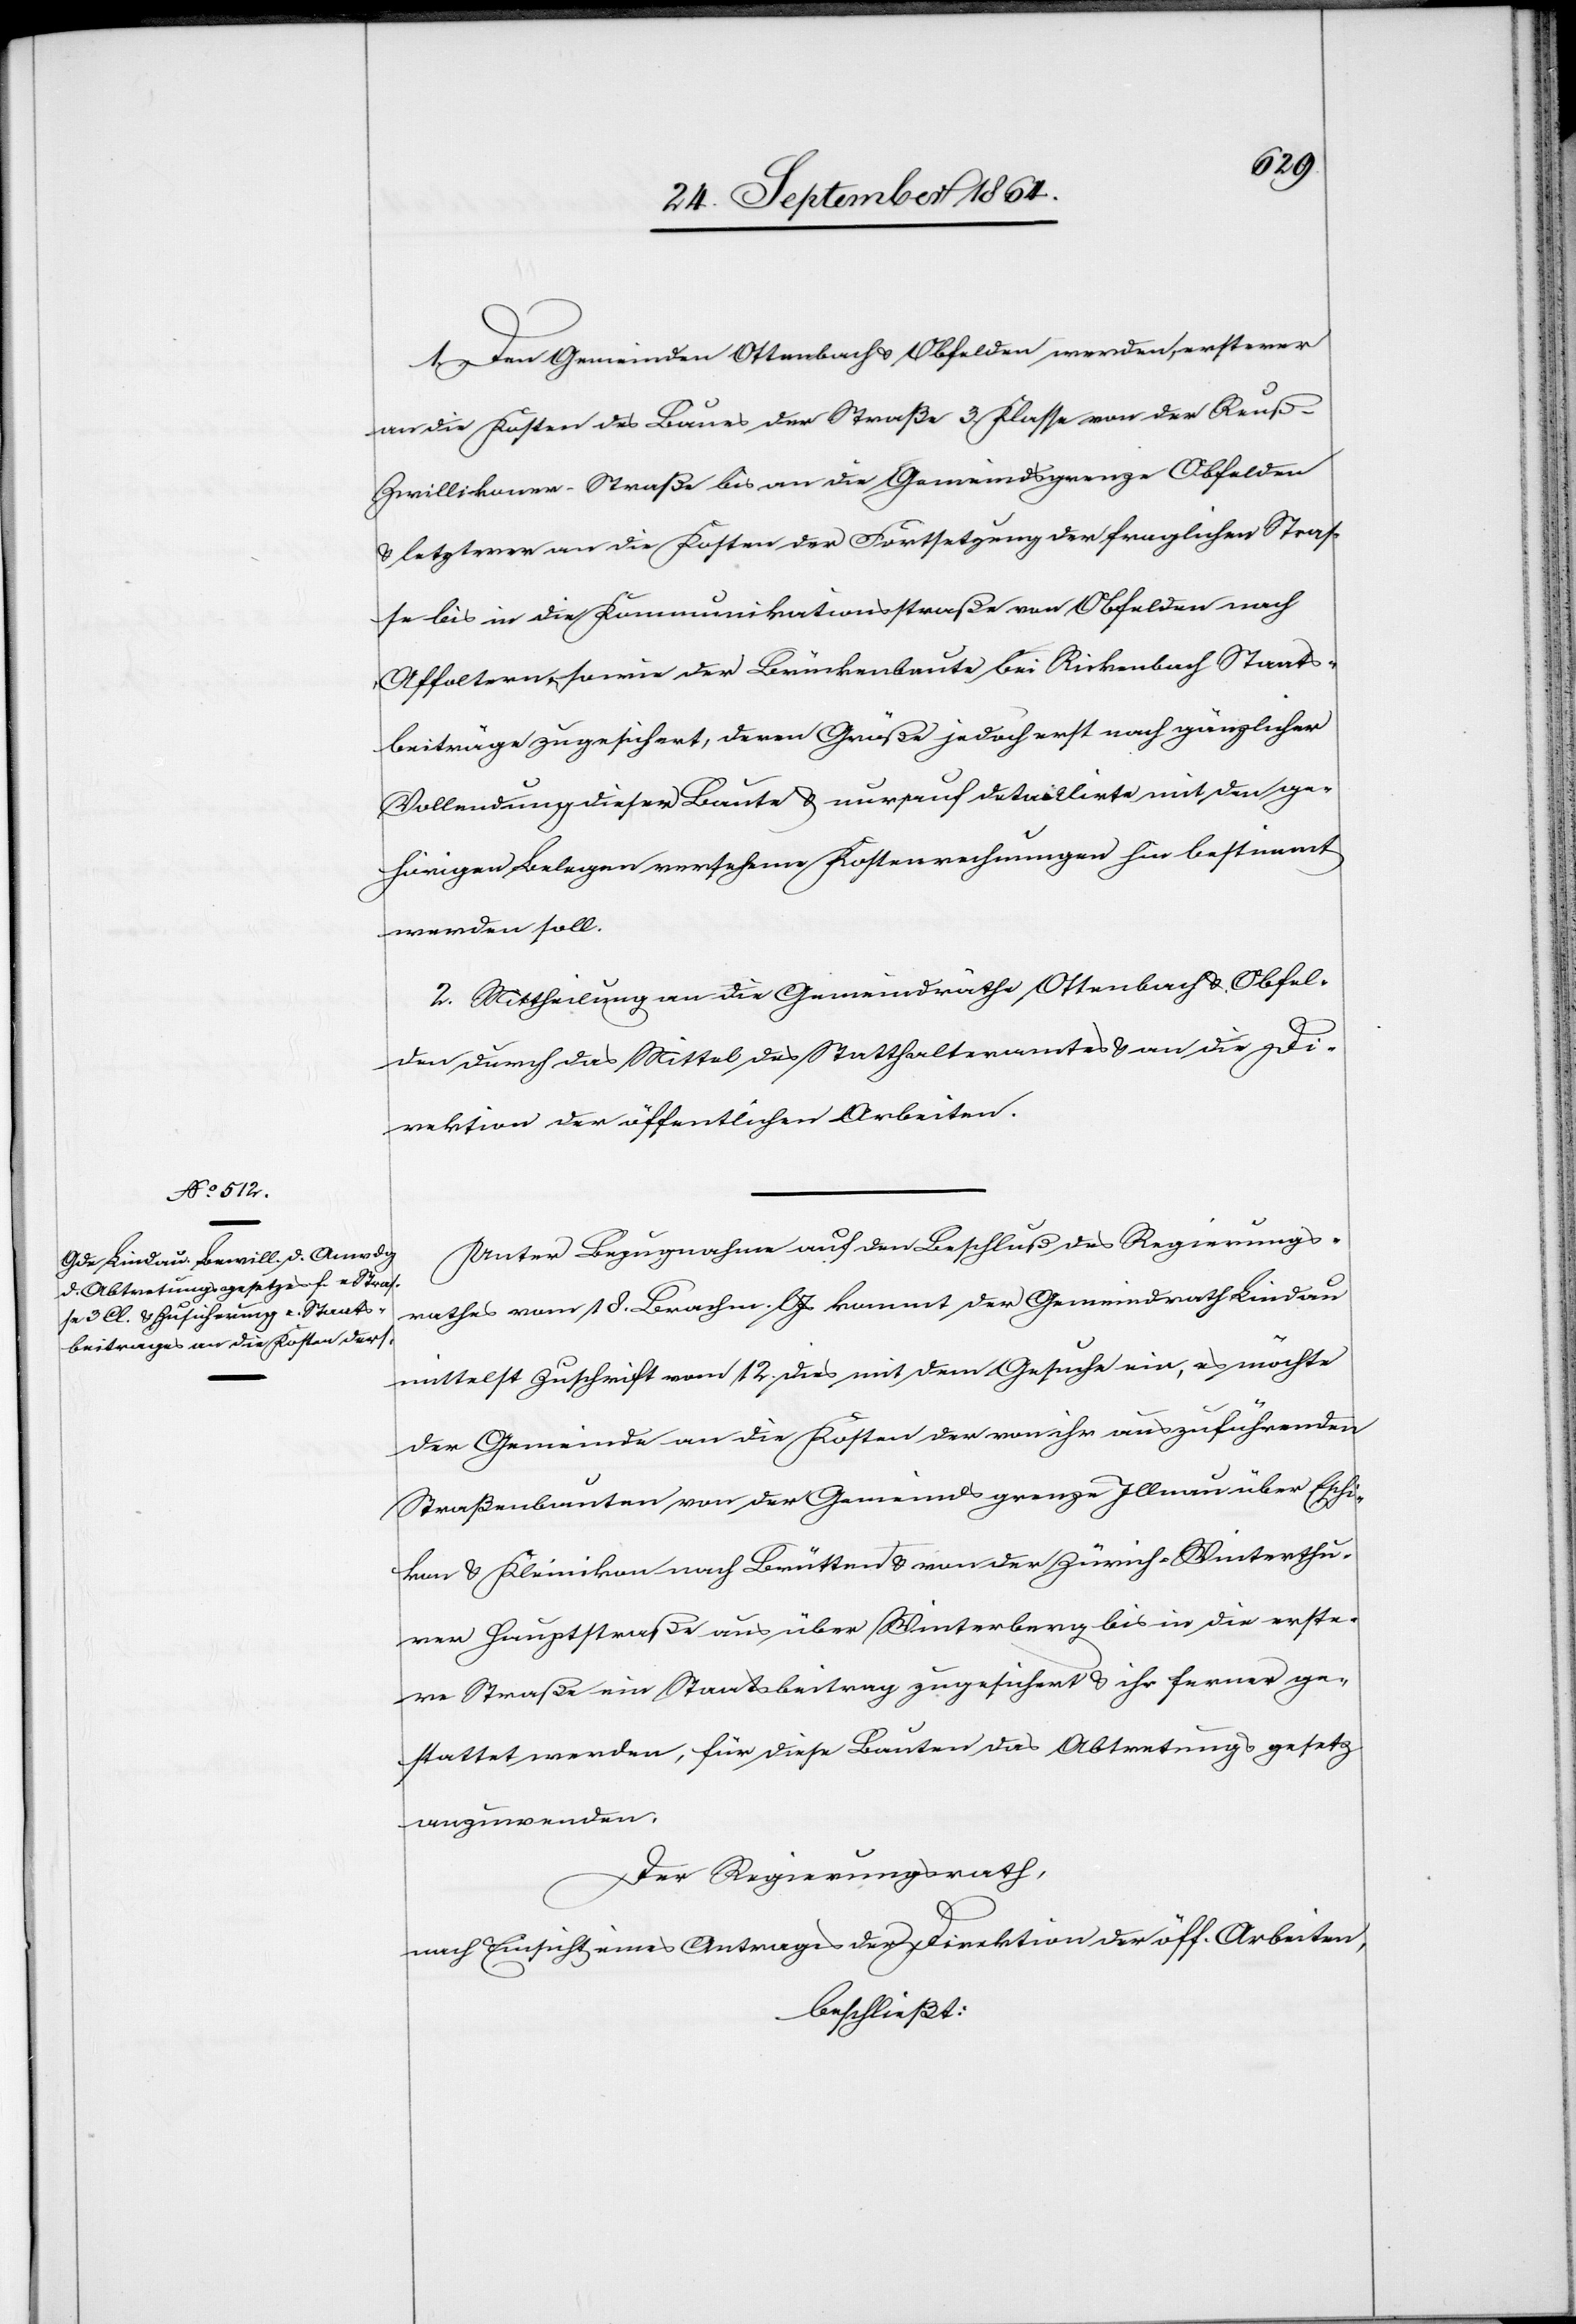
1. Gen Gemeinden Ottenbach & Obfelden werden, ersterer
an die Kosten des Baues der Straße 3. Klasse von der Reuß-Z¬
willikoner-Straße bis an die Gemeindsgrenze Obfelden
& letzterer an die Kosten der Fortsetzung der fraglichen Stras¬
se bis in die Kommunikationsstraße von Obfelden nach
Affoltern sowie der Brückenbaute bei Rickenbach Staats¬
beiträge zugesichert, deren Größe jedoch erst nach gänzlicher
Vollendung dieser Baute & nur auf detaillirte mit den ge¬
hörigen Belegen versehene Kostenrechnungen hin bestimmt
werden soll.
2. Mittheilung an die Gemeindräthe Ottenbach & Obfel¬
den durch das Mittel des Statthalteramtes & an die Di¬
rektion der öffentlichen Arbeiten.
Unter Bezugnahme auf den Beschluß des Regierungs¬
rathes vom 18. Brachm. l. Js kommt der Gemeindrath Lindau
mittelst Zuschrift vom 12. dies mit dem Gesuche ein, es möchte
der Gemeinde an die Kosten der von ihr auszuführenden
Straßenbauten von der Gemeindsgrenze Illnau über Eschi¬
kon & Kleinikon nach Brütten & von der Zürich-Winterhu¬
rer Hauptstraße aus über Winterberg bis in die erste¬
re Straße ein Staatsbeitrag zugesichert & ihr ferner ge¬
stattet werden, für diese Bauten das Abtretungsgesetz
anzuwenden.
Der Regierungsrath,
nach Einsicht eines Antrages der Direktion der öff. Arbeiten,
beschließt: